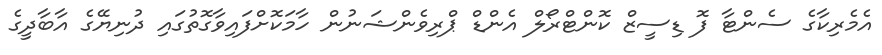
އެމެރިކާގެ ސެންޓާ ފޮ ޑިސީޒް ކޮންޓްރޯލް އެންޑް ޕްރިވެންޝަނުން ހާމަކޮށްފައިވާގޮތުގައި ދުނިޔޭގެ އާބާދީގެ